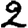
Digit: 2